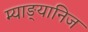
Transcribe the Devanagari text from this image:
म्याङ्यानिज